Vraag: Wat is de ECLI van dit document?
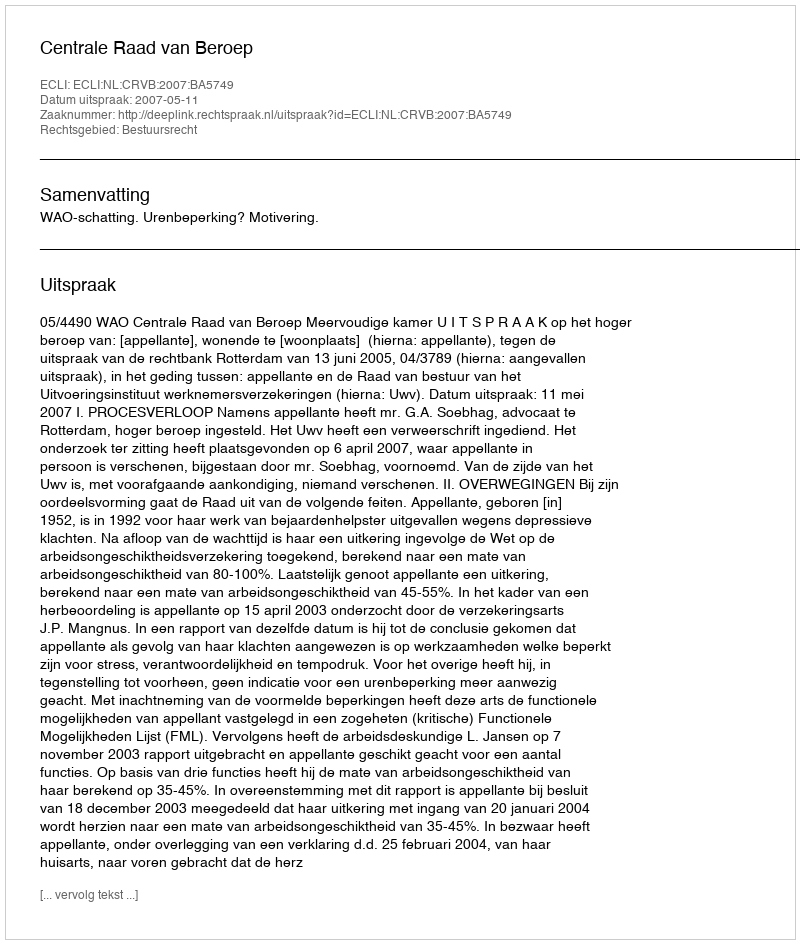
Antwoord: ECLI:NL:CRVB:2007:BA5749